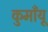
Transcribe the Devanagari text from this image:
कुमाँयू